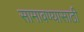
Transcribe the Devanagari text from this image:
सामावण्यासाठी